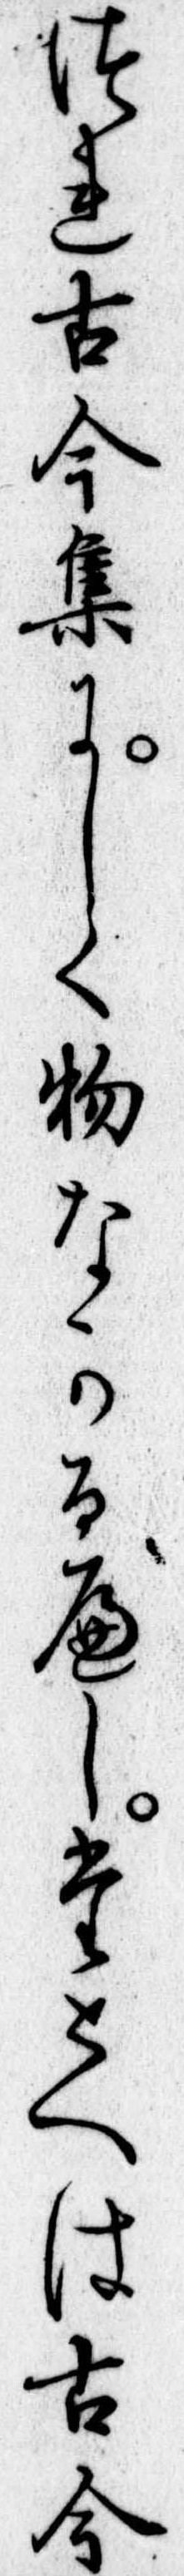
つれ古今集にしく物なかるへしたとへは古今